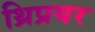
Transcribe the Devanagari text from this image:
थ्रिप्रयर